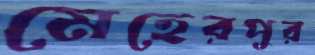
মেহেরপুর